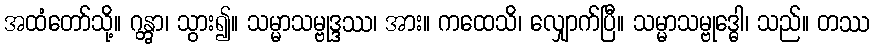
အထံတော်သို့။ ဂန္တွာ၊ သွား၍။ သမ္မာသမ္ဗုဒ္ဒဿ၊ အား။ ကထေသိ၊ လျှောက်ပြီ။ သမ္မာသမ္ဗုဒ္ဓေါ၊ သည်။ တဿ